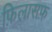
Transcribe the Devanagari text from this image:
फ़िलासफ़